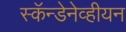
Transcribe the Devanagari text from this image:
स्कॅन्डेनेव्हीयन